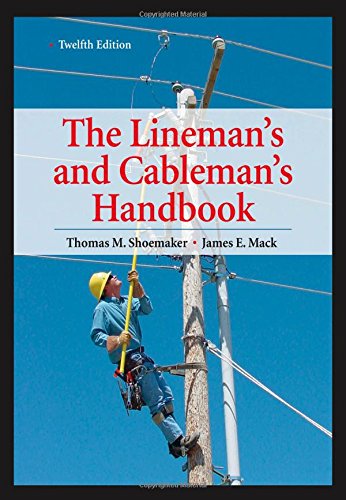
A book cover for Lineman's and Cableman's Handbook 12th Edition (Lineman's & Cableman's Handbook); Thomas Shoemaker; Engineering & Transportation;